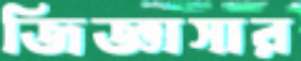
জিজ্ঞাসার